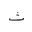
Letter: _tha